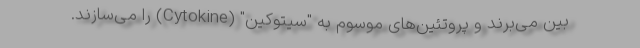
بین می‌برند و پروتئین‌های موسوم به "سیتوکین" (Cytokine) را می‌سازند.